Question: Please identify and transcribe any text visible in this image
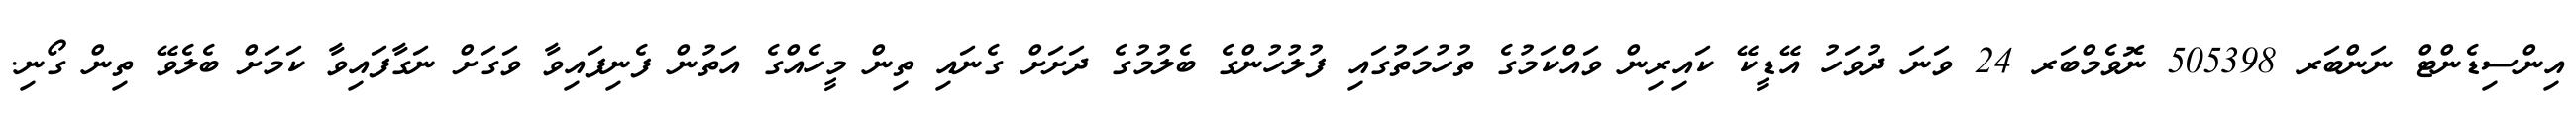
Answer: އިންސިޑެންޓް ނަންބަރ 505398 ނޮވެމްބަރ 24 ވަނަ ދުވަހު އޭޑީކޭ ކައިރިން ވައްކަމުގެ ތުހުމަތުގައި ފުލުހުންގެ ބެލުމުގެ ދަށަށް ގެނައި ތިން މީހެއްގެ އަތުން ފެނިފައިވާ ވަގަށް ނަގާފައިވާ ކަމަށް ބެލެވޭ ތިން ގޯނި.